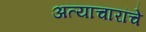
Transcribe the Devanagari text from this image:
अत्याचारांचे